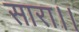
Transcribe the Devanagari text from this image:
सारा।।